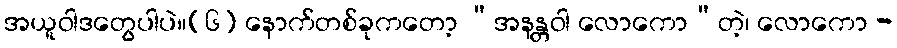
အယူဝါဒတွေပါပဲ။(၆) နောက်တစ်ခုကတော့ “အနန္တဝါ လောကော”တဲ့၊ လောကော -